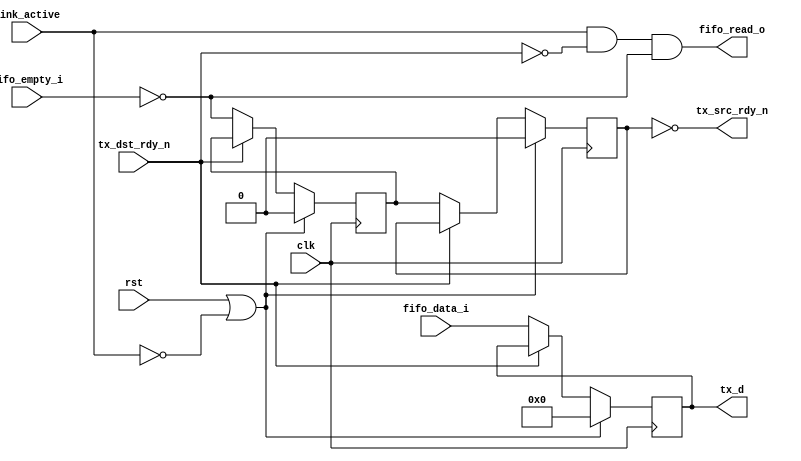
`timescale 1ns/1ps

module tx_control(
		  clk,
		  rst,

		  tx_d,
		  tx_src_rdy_n,
		  tx_dst_rdy_n,
		  link_active,
		  
		  fifo_data_i,
		  fifo_empty_i,
		  fifo_read_o
		 );

parameter WIDTH=32;

input clk;
input rst;

output [WIDTH-1:0] tx_d;
output tx_src_rdy_n;
input tx_dst_rdy_n;
input link_active;

input [WIDTH-1:0] fifo_data_i;
input fifo_empty_i;
output fifo_read_o;

reg strobe;
wire link_ready;

assign link_ready=(~tx_dst_rdy_n);

always@(posedge clk) begin
	if(rst|(~link_active))
		strobe<=0;
	else if(link_ready)
		strobe<=(~fifo_empty_i);
end

reg [WIDTH-1:0] data;
reg data_valid;

always@(posedge clk) begin
	if(rst|(~link_active)) begin
		data<=0;
		data_valid<=0;
	end else if(link_ready) begin
		data<=fifo_data_i;
		data_valid<=strobe;
	end
end

assign tx_d=data;
assign tx_src_rdy_n=(~ data_valid);
assign fifo_read_o=link_active & link_ready & (~fifo_empty_i);

endmodule